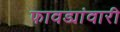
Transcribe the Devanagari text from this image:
फावड्यांवारी